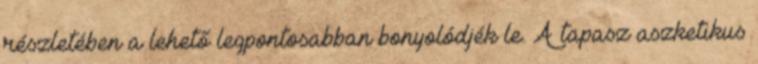
részletében a lehető legpontosabban bonyolódjék le. A tapasz aszketikus